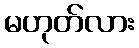
မဟုတ်လား